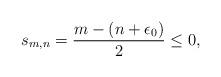
LaTeX: \begin{align*} s_{m,n} = \frac{ m - (n+\epsilon_0)}{2} \leq 0,\end{align*}